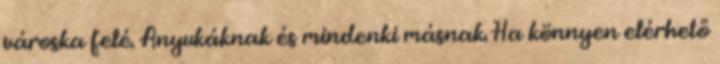
városka felé. Anyukáknak és mindenki másnak. Ha könnyen elérhető